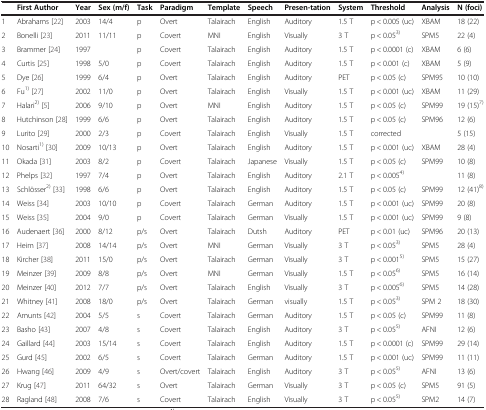
<table><thead><tr><td><b> </b></td><td><b>First Author</b></td><td><b>Year</b></td><td><b>Sex (m/f)</b></td><td><b>Task</b></td><td><b>Paradigm</b></td><td><b>Template</b></td><td><b>Speech</b></td><td><b>Presen-tation</b></td><td><b>System</b></td><td><b>Threshold</b></td><td><b>Analysis</b></td><td><b>N (foci)</b></td></tr></thead><tbody><tr><td>1</td><td>Abrahams [22]</td><td>2003</td><td>14/4</td><td>p</td><td>Overt</td><td>Talairach</td><td>English</td><td>Auditory</td><td>1.5 T</td><td>p &lt; 0.005 (uc)</td><td>XBAM</td><td>18 (22)</td></tr><tr><td>2</td><td>Bonelli [23]</td><td>2011</td><td>11/11</td><td>p</td><td>Covert</td><td>MNI</td><td>English</td><td>Visually</td><td>3 T</td><td>p &lt; 0.05<sup>3)</sup></td><td>SPM5</td><td>22 (4)</td></tr><tr><td>3</td><td>Brammer [24]</td><td>1997</td><td> </td><td>p</td><td>Covert</td><td>Talairach</td><td>English</td><td>Auditory</td><td>1.5 T</td><td>p &lt; 0.0001 (c)</td><td>XBAM</td><td>6 (6)</td></tr><tr><td>4</td><td>Curtis [25]</td><td>1998</td><td>5/0</td><td>p</td><td>Covert</td><td>Talairach</td><td>English</td><td>Auditory</td><td>1.5 T</td><td>p &lt; 0.001 (c)</td><td>XBAM</td><td>5 (9)</td></tr><tr><td>5</td><td>Dye [26]</td><td>1999</td><td>6/4</td><td>p</td><td>Overt</td><td>Talairach</td><td>English</td><td>Auditory</td><td>PET</td><td>p &lt; 0.05 (c)</td><td>SPM95</td><td>10 (10)</td></tr><tr><td>6</td><td>Fu<sup>1)</sup>[27]</td><td>2002</td><td>11/0</td><td>p</td><td>Overt</td><td>Talairach</td><td>English</td><td>Visually</td><td>1.5 T</td><td>p &lt; 0.001 (uc)</td><td>XBAM</td><td>11 (29)</td></tr><tr><td>7</td><td>Halari<sup>2)</sup>[5]</td><td>2006</td><td>9/10</td><td>p</td><td>Overt</td><td>MNI</td><td>English</td><td>Auditory</td><td>1.5 T</td><td>p &lt; 0.05 (c)</td><td>SPM99</td><td>19 (15)<sup>7)</sup></td></tr><tr><td>8</td><td>Hutchinson [28]</td><td>1999</td><td>6/6</td><td>p</td><td>Overt</td><td>Talairach</td><td>English</td><td>Auditory</td><td>1.5 T</td><td>p &lt; 0.05 (c)</td><td>SPM96</td><td>12 (6)</td></tr><tr><td>9</td><td>Lurito [29]</td><td>2000</td><td>2/3</td><td>p</td><td>Covert</td><td>Talairach</td><td>English</td><td>Visually</td><td>1.5 T</td><td>corrected</td><td> </td><td>5 (15)</td></tr><tr><td>10</td><td>Nosarti<sup>1)</sup>[30]</td><td>2009</td><td>10/13</td><td>p</td><td>Overt</td><td>Talairach</td><td>English</td><td>Auditory</td><td>1.5 T</td><td>p &lt; 0.001 (uc)</td><td>XBAM</td><td>28 (4)</td></tr><tr><td>11</td><td>Okada [31]</td><td>2003</td><td>8/2</td><td>p</td><td>Covert</td><td>Talairach</td><td>Japanese</td><td>Visually</td><td>1.5 T</td><td>p &lt; 0.05 (c)</td><td>SPM99</td><td>10 (8)</td></tr><tr><td>12</td><td>Phelps [32]</td><td>1997</td><td>7/4</td><td>p</td><td>Overt</td><td>Talairach</td><td>English</td><td>Auditory</td><td>2.1 T</td><td>p &lt; 0.005<sup>4)</sup></td><td> </td><td>11 (8)</td></tr><tr><td>13</td><td>Schlösser<sup>2)</sup>[33]</td><td>1998</td><td>6/6</td><td>p</td><td>Overt</td><td>Talairach</td><td>English</td><td>Auditory</td><td>1.5 T</td><td>p &lt; 0.05 (c)</td><td>SPM99</td><td>12 (41)<sup>8)</sup></td></tr><tr><td>14</td><td>Weiss [34]</td><td>2003</td><td>10/10</td><td>p</td><td>Covert</td><td>Talairach</td><td>German</td><td>Auditory</td><td>1.5 T</td><td>p &lt; 0.001 (uc)</td><td>SPM99</td><td>20 (8)</td></tr><tr><td>15</td><td>Weiss [35]</td><td>2004</td><td>9/0</td><td>p</td><td>Covert</td><td>Talairach</td><td>German</td><td>Visually</td><td>1.5 T</td><td>p &lt; 0.001 (uc)</td><td>SPM99</td><td>9 (8)</td></tr><tr><td>16</td><td>Audenaert [36]</td><td>2000</td><td>8/12</td><td>p/s</td><td>Overt</td><td>Talairach</td><td>Dutsh</td><td>Auditory</td><td>PET</td><td>p &lt; 0.01 (uc)</td><td>SPM96</td><td>20 (13)</td></tr><tr><td>17</td><td>Heim [37]</td><td>2008</td><td>14/14</td><td>p/s</td><td>Overt</td><td>MNI</td><td>German</td><td>Visually</td><td>3 T</td><td>p &lt; 0.05<sup>3)</sup></td><td>SPM5</td><td>28 (4)</td></tr><tr><td>18</td><td>Kircher [38]</td><td>2011</td><td>15/0</td><td>p/s</td><td>Overt</td><td>Talairach</td><td>German</td><td>Visually</td><td>3 T</td><td>p &lt; 0.001<sup>5)</sup></td><td>SPM5</td><td>15 (27)</td></tr><tr><td>19</td><td>Meinzer [39]</td><td>2009</td><td>8/8</td><td>p/s</td><td>Overt</td><td>MNI</td><td>German</td><td>Visually</td><td>1.5 T</td><td>p &lt; 0.05<sup>6)</sup></td><td>SPM5</td><td>16 (14)</td></tr><tr><td>20</td><td>Meinzer [40]</td><td>2012</td><td>7/7</td><td>p/s</td><td>Overt</td><td>Talairach</td><td>English</td><td>Visually</td><td>3 T</td><td>p &lt; 0.005<sup>6)</sup></td><td>SPM5</td><td>14 (28)</td></tr><tr><td>21</td><td>Whitney [41]</td><td>2008</td><td>18/0</td><td>p/s</td><td>Overt</td><td>Talairach</td><td>German</td><td>visually</td><td>1.5 T</td><td>p &lt; 0.05<sup>3)</sup></td><td>SPM 2</td><td>18 (30)</td></tr><tr><td>22</td><td>Amunts [42]</td><td>2004</td><td>5/5</td><td>s</td><td>Covert</td><td>Talairach</td><td>German</td><td>Auditory</td><td>1.5 T</td><td>p &lt; 0.05 (c)</td><td>SPM99</td><td>11 (8)</td></tr><tr><td>23</td><td>Basho [43]</td><td>2007</td><td>4/8</td><td>s</td><td>Covert</td><td>Talairach</td><td>English</td><td>Auditory</td><td>3 T</td><td>p &lt; 0.05<sup>5)</sup></td><td>AFNI</td><td>12 (6)</td></tr><tr><td>24</td><td>Gaillard [44]</td><td>2003</td><td>15/14</td><td>s</td><td>Covert</td><td>Talairach</td><td>English</td><td>Auditory</td><td>1.5 T</td><td>p &lt; 0.0001 (c)</td><td>SPM99</td><td>29 (14)</td></tr><tr><td>25</td><td>Gurd [45]</td><td>2002</td><td>6/5</td><td>s</td><td>Covert</td><td>Talairach</td><td>German</td><td>Auditory</td><td>1.5 T</td><td>p &lt; 0.001 (uc)</td><td>SPM99</td><td>11 (11)</td></tr><tr><td>26</td><td>Hwang [46]</td><td>2009</td><td>4/9</td><td>s</td><td>Overt/covert</td><td>Talairach</td><td>English</td><td>Auditory</td><td>3 T</td><td>p &lt; 0.05<sup>5)</sup></td><td>AFNI</td><td>13 (6)</td></tr><tr><td>27</td><td>Krug [47]</td><td>2011</td><td>64/32</td><td>s</td><td>Overt</td><td>Talairach</td><td>German</td><td>Visually</td><td>3 T</td><td>p &lt; 0.05 (c)</td><td>SPM5</td><td>91 (5)</td></tr><tr><td>28</td><td>Ragland [48]</td><td>2008</td><td>7/6</td><td>s</td><td>Covert</td><td>Talairach</td><td>English</td><td>Visually</td><td>3 T</td><td>p &lt; 0.05<sup>5)</sup></td><td>SPM2</td><td>14 (7)</td></tr></tbody></table>